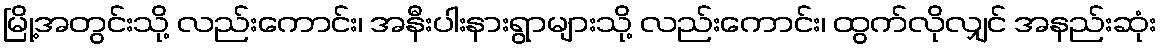
မြို့အတွင်းသို့ လည်းကောင်း၊ အနီးပါးနားရွာများသို့ လည်းကောင်း၊ ထွက်လိုလျှင် အနည်းဆုံး